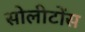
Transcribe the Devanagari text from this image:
सोलीटोंस